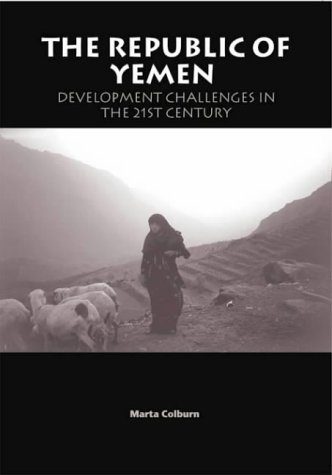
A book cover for The Republic of Yemen: Development Challenges in the 21st Century; Marta Colburn; History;